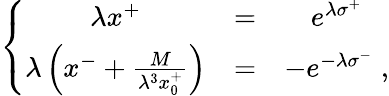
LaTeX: \left\{ \begin{array}{ccc}{{\lambda x^{+}}}&{{=}}&{{e^{\lambda\sigma^{+}}}}\\ {{\lambda\left(x^{-}+{\frac{M}{\lambda^{3}x_{0}^{+}}}\right)}}&{{=}}&{{-e^{-\lambda\sigma^{-}}\; ,}}\end{array}\right.